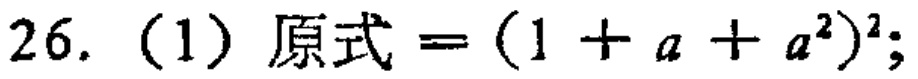
26.（1）原式\(=(1 + a + a^{2})^{2}\);